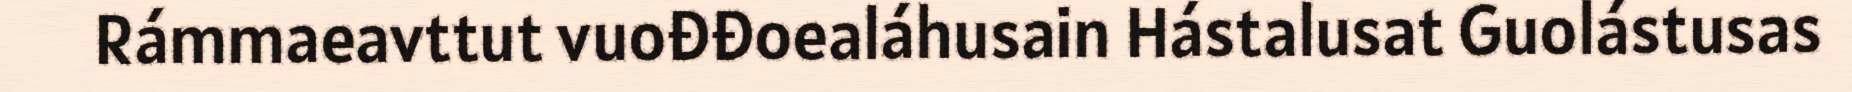
Rámmaeavttut vuođđoealáhusain Hástalusat Guolástusas